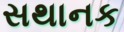
સથાનક